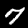
Label: 7